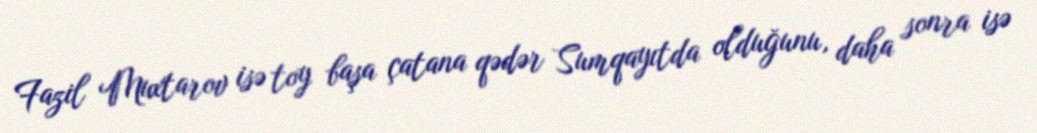
Fazil Muxtarov isə toy başa çatana qədər Sumqayıtda olduğunu, daha sonra isə